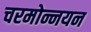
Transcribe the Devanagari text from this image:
चरमोन्नयन